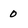
Character: 0